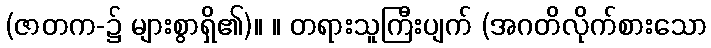
(ဇာတက-၌ များစွာရှိ၏)။ ။ တရားသူကြီးပျက် (အဂတိလိုက်စားသော